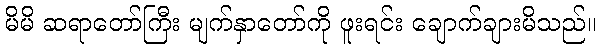
မိမိ ဆရာတော်ကြီး မျက်နှာတော်ကို ဖူးရင်း ချောက်ချားမိသည်။